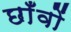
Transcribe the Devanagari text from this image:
छाँवों